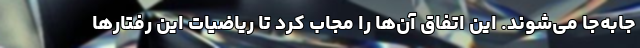
جابه‌جا می‌شوند. این اتفاق آن‌ها را مجاب کرد تا ریاضیات این رفتارها